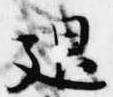
退